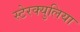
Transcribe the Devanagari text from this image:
स्टेरक्युलिया